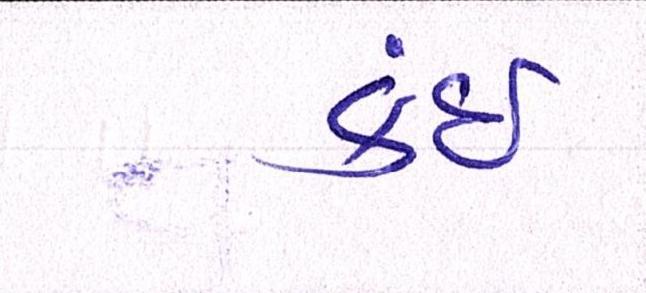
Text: કંઈ